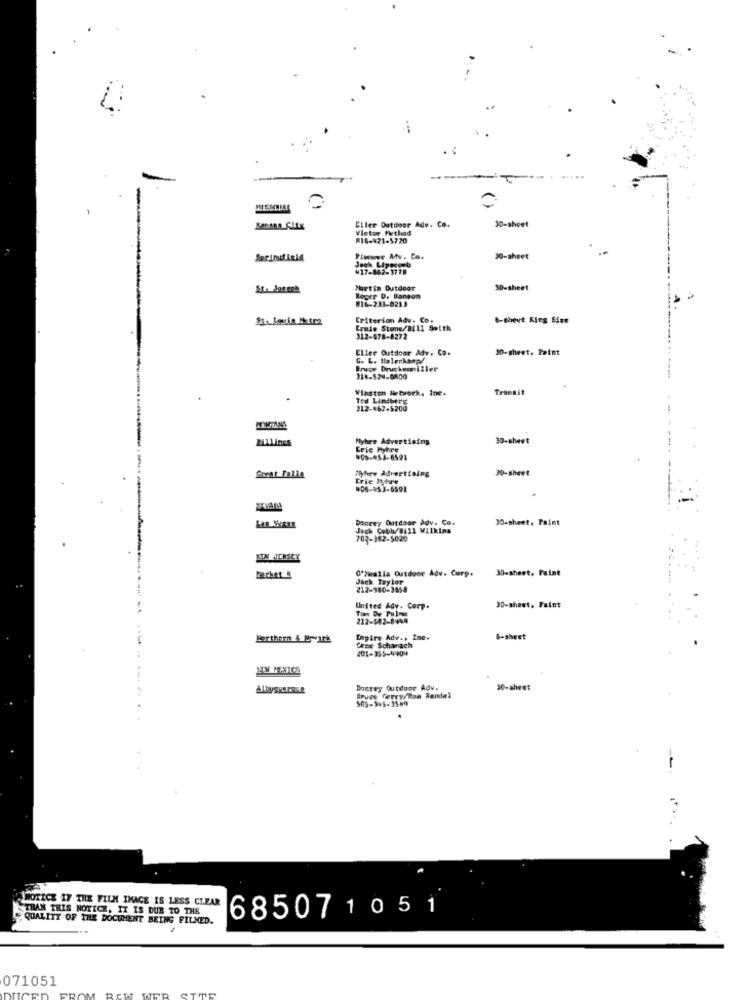
30-sheet
Ciler Outdoor Adv. Co.
Vietor Method
816-421-5720
Serinif ield
Pioneer Mv. Co.
30-sheet
Jack Lipgeceb
¥17-862-3778
Martin Outdoor
30-sheet
Roger D. Manson
#16-233-0213
Criterion Adv. Co.
6-chevt King Size
Ernie Stone/Bill Soith
312-678-8272
Eller Outdoor Adv. Co.
30-sheet, Paint
Bruge Druckenmiller
114-524-0800
Winston Network, Ine-
Transit
Ted Lindberg
312-467-5200
BLLLines
Myhre Advertising
30-sheet
Crie Myhre
900-453-6591
Myhre Advertising
30-sheet
forat Falls
Irie lyytre
906-453-6591
Donrey Outdoor Adv. Co.
30-sheet. Paint
Jack Cobb/Bill Wilkins
702-382-5020
0'Skealla Outdoor Adv. Corp.
30-sheet, Paint
Jack Taylor
212-980-3658
United Ady. Comp.
30-sheet, Paint
212-682-849A
Northern & Mrvirk
Empire Adv ., Ine.
6-sheet
Cene Schanach
201-355-4404
Albyggarest
Boerey Outdoor Adv.
30-sheet
Irvee ferrykoa Randel
THAN THIS NOTICE, IT IS DUB TO THE
NOTICE IF THE FILM IMAGE IS LESS CLEAR
685071051
QUALITY OF THE DOCUMENT BEING FILMED.
071051